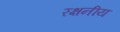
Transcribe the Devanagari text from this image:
रक्षनीय